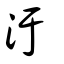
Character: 汚